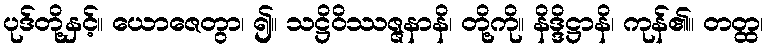
ပုဒ်တို့နှင့်။ ယောဇေတွာ၊ ၍။ သဋ္ဌိဝိဿဇ္ဇနာနိ၊ တို့ကို။ နိဒ္ဒိဋ္ဌာနိ၊ ကုန်၏။ တတ္ထ၊